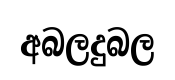
අබලදුබල